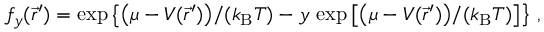
\begin{array} { r } { f _ { y } ( \vec { r } ^ { \prime } ) = \exp \left\{ \big ( \mu - V ( \vec { r } ^ { \prime } ) \big ) / ( k _ { \mathrm { B } } T ) - y \, \exp \left[ \big ( \mu - V ( \vec { r } ^ { \prime } ) \big ) / ( k _ { \mathrm { B } } T ) \right] \right\} \, , } \end{array}